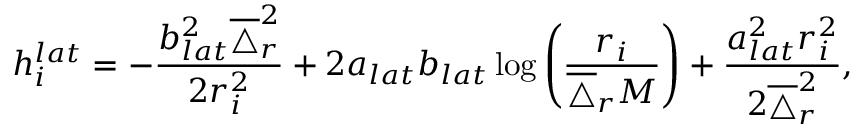
h _ { i } ^ { l a t } = - \frac { b _ { l a t } ^ { 2 } \overline { { \triangle } } _ { r } ^ { 2 } } { 2 r _ { i } ^ { 2 } } + 2 a _ { l a t } b _ { l a t } \log \left( \frac { r _ { i } } { \overline { { \triangle } } _ { r } M } \right) + \frac { a _ { l a t } ^ { 2 } r _ { i } ^ { 2 } } { 2 \overline { { \triangle } } _ { r } ^ { 2 } } ,